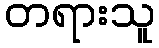
တရားသူ